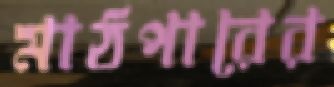
মাঠপারের